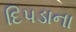
દિપડાના